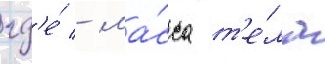
гд'е́ - ма́сса т'е́ла